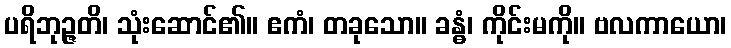
ပရိဘုဉ္ဇတိ၊ သုံးဆောင်၏။ ဧကံ၊ တခုသော။ ခန္ဓံ၊ ကိုင်းမကို။ ဗလကာယော၊